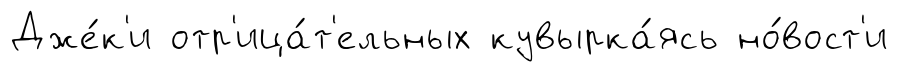
Дже́к'и отр'ица́т'ельных кувырка́ясь но́вост'и